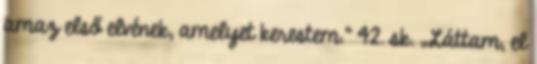
amaz első elvének, amelyet kerestem.” 42. sk. „Láttam, el